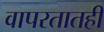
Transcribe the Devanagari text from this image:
वापरतातही